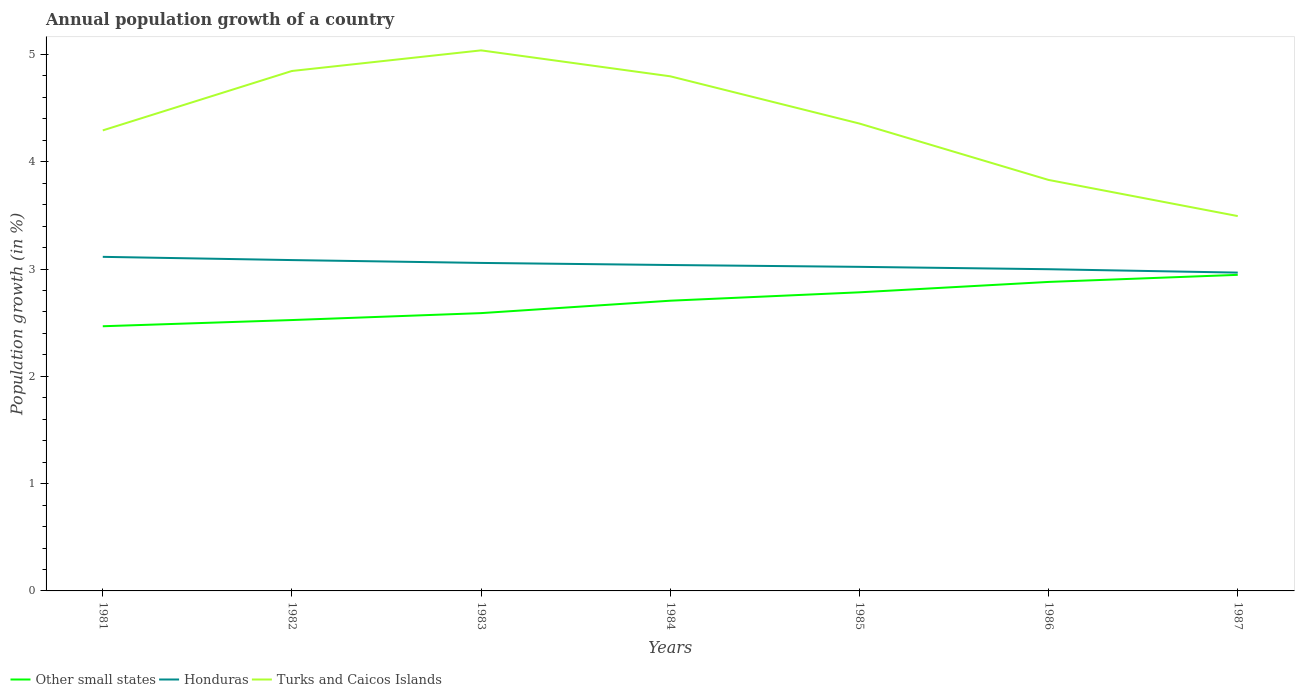
| Years | Other small states | Honduras | Turks and Caicos Islands |
 | --- | --- | --- | --- |
 | 1981 | 2.47 | 3.11 | 4.29 |
 | 1982 | 2.52 | 3.08 | 4.85 |
 | 1983 | 2.59 | 3.06 | 5.04 |
 | 1984 | 2.7 | 3.04 | 4.8 |
 | 1985 | 2.78 | 3.02 | 4.36 |
 | 1986 | 2.88 | 3 | 3.83 |
 | 1987 | 2.95 | 2.97 | 3.49 |